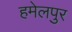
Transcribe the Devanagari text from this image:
हमेलपुर